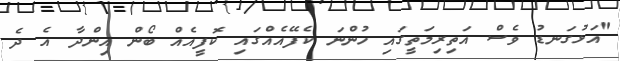
"އަޅުގަނޑު ވެސް އަތިރިމަތީގައި ހުންނަ ކެފޭއެއްގައި ކޮފީއެއް ބޯން އިންދާ އެ ދެ